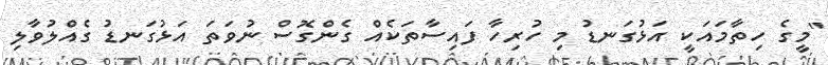
"މީގެ ހިތާމައަކީ އަޅުގަނޑު މި ހުރިހާ ފައިސާތަކެއް ގެންގޮސް ނުވަތަ އަޅުގަނޑު ގެއްލުވާލި